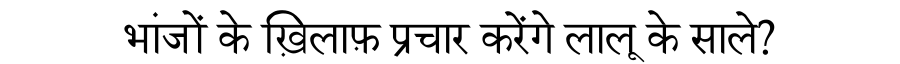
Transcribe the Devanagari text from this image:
भांजों के ख़िलाफ़ प्रचार करेंगे लालू के साले?